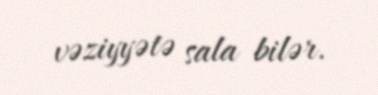
vəziyyətə sala bilər.